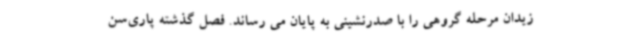
زیدان مرحله گروهی را با صدرنشینی به پایان می رساند. فصل گذشته پاری‌سن